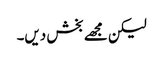
لیکن مجھے بخش دیں۔